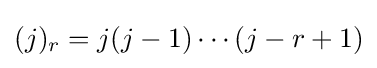
(j)_{r}=j(j-1)\cdots (j-r+1)